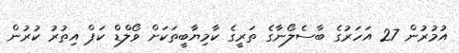
އުމުރުން 27 އަހަރުގެ ބާސެލޯނާގެ ތަރީގެ ކާމިޔާބީތަކަށް ވޯލްޑް ކަޕް އިތުރު ކުރުން